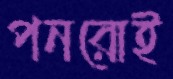
পনরোই